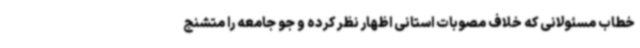
خطاب مسئولانی که خلاف مصوبات استانی اظهار نظر کرده و جو جامعه را متشنج